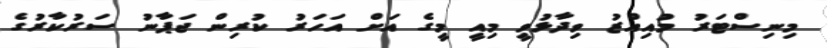
މިނިސްޓަރު މުއިއްޒު ވިދާޅުވީ މިއީ މީގެ އަށް އަހަރު ކުރިން ޖަޕާނު ސަރުކާރުގެ